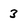
Character: 3